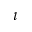
\imath